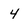
Character: 4